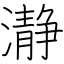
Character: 瀞